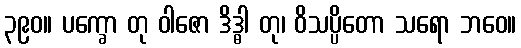
၃၉၀။ ပက္ခော တု ဝါဇော ဒိဒ္ဓါ တု၊ ဝိသပ္ပိတော သရော ဘဝေ။